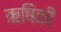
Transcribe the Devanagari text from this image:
ऋषिकी